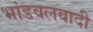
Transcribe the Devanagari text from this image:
भांडवलवादी